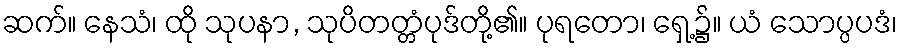
ဆက်။ နေသံ၊ ထို သုပနာ, သုပိတတ္တံပုဒ်တို့၏။ ပုရတော၊ ရှေ့၌။ ယံ သောပ္ပပဒံ၊